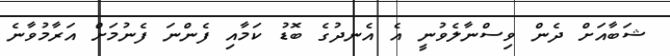
ޝަބާއަށް ދެން ވިސްނާލެވުނީ އެ އެނދުގެ ބޮޑު ކަމާއި ފެންނަ ފެނުމަށް އަރާމުވާނެ